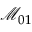
\mathcal { M } _ { 0 1 }